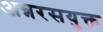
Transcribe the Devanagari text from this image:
अन्नरसयुक्त